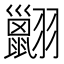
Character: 𦒩